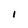
Character: I